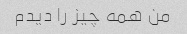
من همه چیز را دیدم